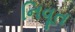
નિવૂત